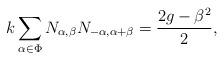
LaTeX: \begin{align*}k\sum _{\alpha \in \Phi}N_{\alpha, \beta}N_{-\alpha,\alpha+\beta}=\frac{2g-\beta ^2}{2},\end{align*}